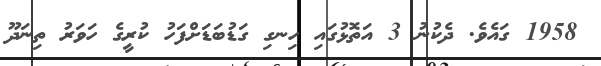
1958 ގައެވެ. ދެކުނު 3 އަތޮޅުގައި ހިނގި ގަޑުބަޑަށްފަހު ކުރީގެ ހަވަރު ތިނަދޫ